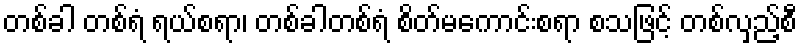
တစ်ခါ တစ်ရံ ရယ်စရာ၊ တစ်ခါတစ်ရံ စိတ်မကောင်းစရာ စသဖြင့် တစ်လှည့်စီ